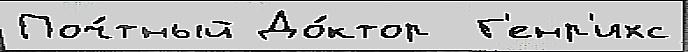
Поч́тный До́ктор  Г'енр'ихс